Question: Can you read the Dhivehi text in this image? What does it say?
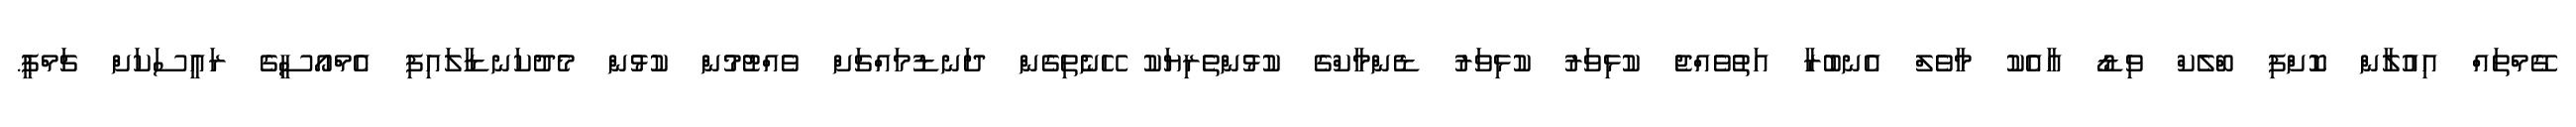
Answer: ގޭމްތައް އިއުލާން ކޮށްފި ބްލެކް ވިޑޯ އާއެކު މާވެލް އެނބުރާ އަތުވެއްޖެ ކުޅިވަރު ކުޅިވަރު ޑެންމާކްގެ ކުޅުންތެރިޔަކު ހޭނެތިގެން ދަނޑުމައްޗަށް ވެއްޓުމުން ކުޅުން މެދުކަނޑާލައިފި އެމްއޯސީގެ ރައީސަކަށް ޗަމްޕީ.